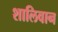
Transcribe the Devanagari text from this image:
शालिवान